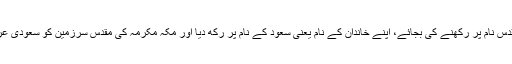
افسوسناک امر یہ ہے کہ عبدالعزیز نے اس حکومت کو حجاز کے مقدس نام پر رکھنے کی بجائے، اپنے خاندان کے نام یعنی سعود کے نام پر رکھ دیا اور مکہ مکرمہ کی مقدس سرزمین کو سعودی عرب قرار دیکر ہمیشہ کیلئے اپنے منحوس خاندان سے منسوب کر دیا۔